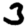
Digit: 3